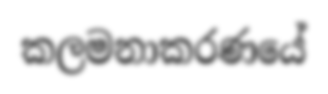
කලමනාකරණයේ